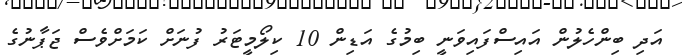
އަދި ބިންހެލުން އައިސްފައިވަނީ ބިމުގެ އަޑިން 10 ކިލޯމީޓަރު ފުނަށް ކަމަށްވެސް ޖަޕާނުގެ